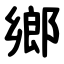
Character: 鄉